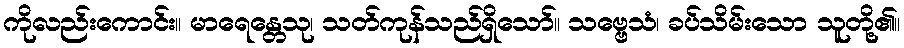
ကိုလည်းကောင်း။ မာရေန္တေသု၊ သတ်ကုန်သည်ရှိသော်။ သဗ္ဗေသံ၊ ခပ်သိမ်းသော သူတို့၏။